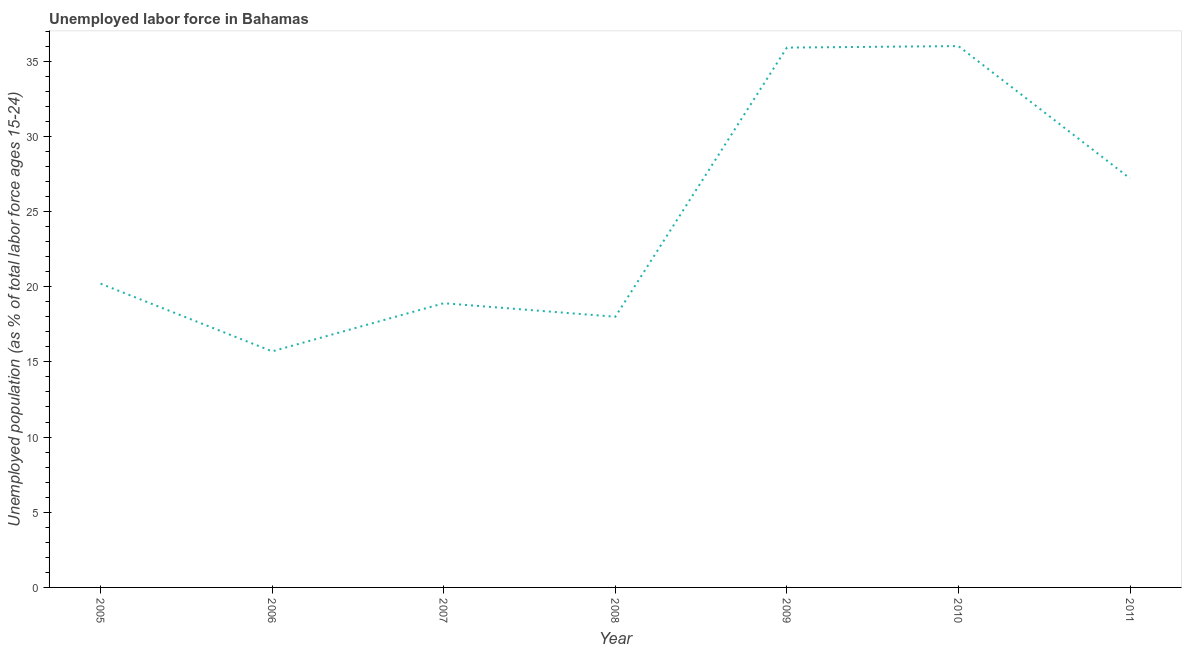
| Year | Unemployment |
 | --- | --- |
 | 2005 | 20.2 |
 | 2006 | 15.7 |
 | 2007 | 18.9 |
 | 2008 | 18 |
 | 2009 | 35.9 |
 | 2010 | 36 |
 | 2011 | 27.2 |